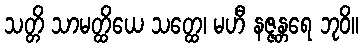
သတ္တိ သာမတ္ထိယေ သတ္ထေ၊ မဟီ နဇ္ဇန္တရေ ဘုဝိ။